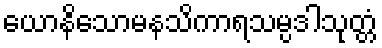
ယောနိသောမနသိကာရသမ္ပဒါသုတ္တံ